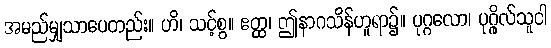
အမည်မျှသာပေတည်း။ ဟိ၊ သင့်စွ။ ဧတ္ထ၊ ဤနာဂသိန်ဟူရာ၌။ ပုဂ္ဂလော၊ ပုဂ္ဂိုလ်သူငါ